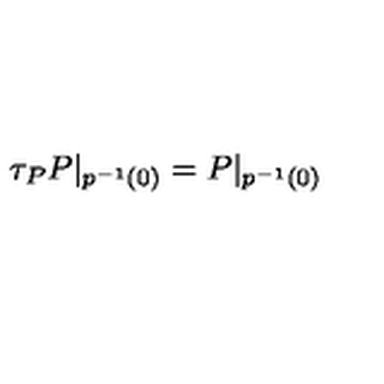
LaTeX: \tau _ { P } P | _ { p ^ { - 1 } ( 0 ) } = P | _ { p ^ { - 1 } ( 0 ) }